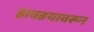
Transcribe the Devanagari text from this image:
हावडयावरून